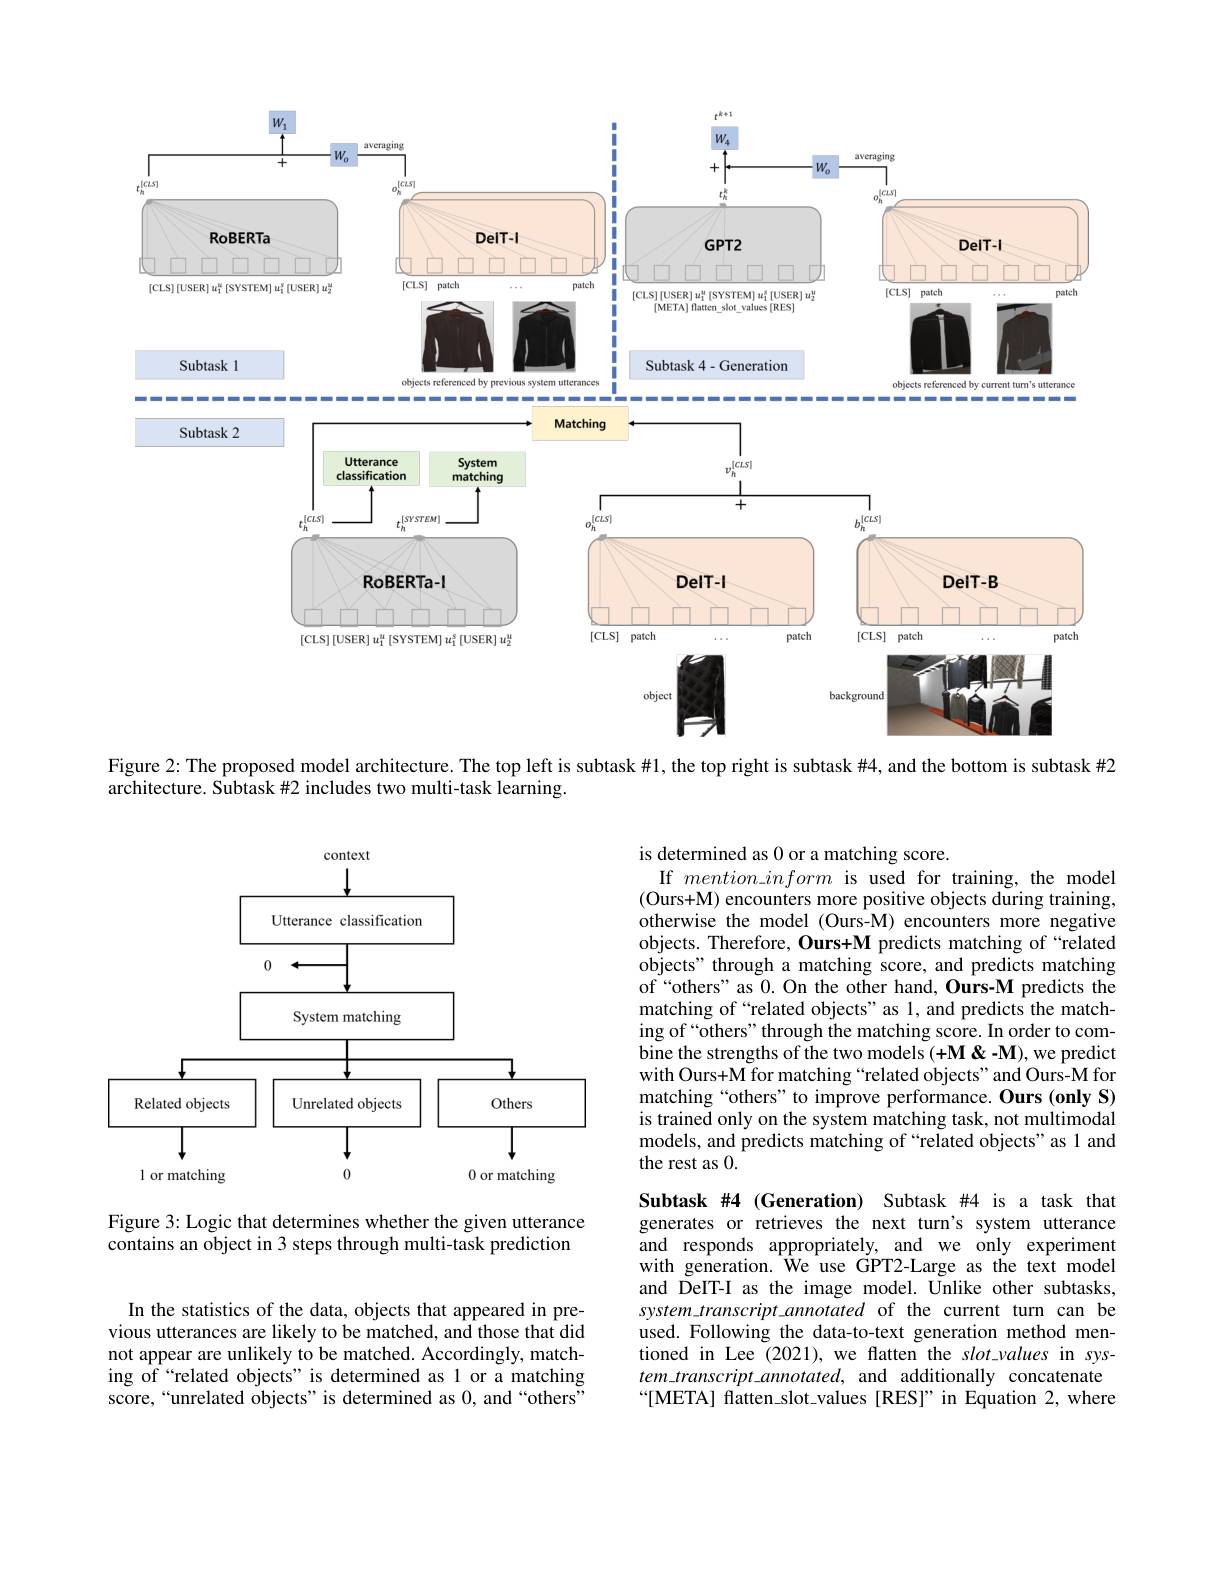
<FigureHere>

Figure 2: The proposed model architecture. The top left is subtask#1, the top right is subtask #4, and the bottom is subtask #2

architecture. Subtask #2 includes two multi-task learning.

is determined as 0 or a matching score.
If $mention\_inform$ is used for training, the model (Ours+M) encounters more positive objects during training, otherwise the model (Ours-M) encounters more negative objects. Therefore, Ours+M predicts matching of `related objects" through a matching score, and predicts matching of“others”as 0. On the other hand, Ours-M predicts the matching of“related objects”as 1, and predicts the matching of “others" through the matching score. In order to combine the strengths of the two models (+M <-M), we predict with Ours+M for matching “related objects”and Ours-M for matching“others”to improve performance. Ours (only S) is trained only on the system matching task, not multimodal models, and predicts matching of “related objects”as 1 and the rest as 0.

<FigureHere>

Figure 3: Logic that determines whether the given utterance contains an object in 3 steps through multi-task prediction

Subtask #4 (Generation) Subtask #4 is a task that generates or retrieves the next turn's system utterance and responds appropriately, and we only experiment with generation. We use GPT2-Large as the text model and DeIT-I as the image model. Unlike other subtasks, $system\_transcript\_annotated of the current turn can be$ used. Following the data-to-text generation method mentioned in Lee (2021), we flatten the slot\_values in sys- $tem\_transcript\_annotated$, and additionally concatenate “[META] flatten\_slot\_values [RES]”in Equation 2,where

In the statistics of the data, objects that appeared in previous utterances are likely to be matched, and those that did not appear are unlikely to be matched. Accordingly, matching of“related objects”is determined as 1 or a matching score,“unrelated objects”is determined as 0, and“others”